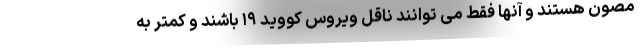
مصون هستند و آنها فقط می توانند ناقل ویروس کووید ۱۹ باشند و کمتر به